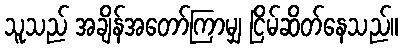
သူသည် အချိန်အတော်ကြာမျှ ငြိမ်ဆိတ်နေသည်။